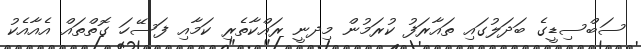
ސަބްސިޑީގެ ބަދަލުގައި ތައާރަފު ކުރަމުން މިދނީ ރައްކާތެރި ކަމާއި ފަސޭހަ ގޮތްތައް އެއާއެކު